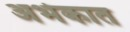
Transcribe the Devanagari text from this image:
अर्भकात